Trukikaitis_Postimees, lk 207
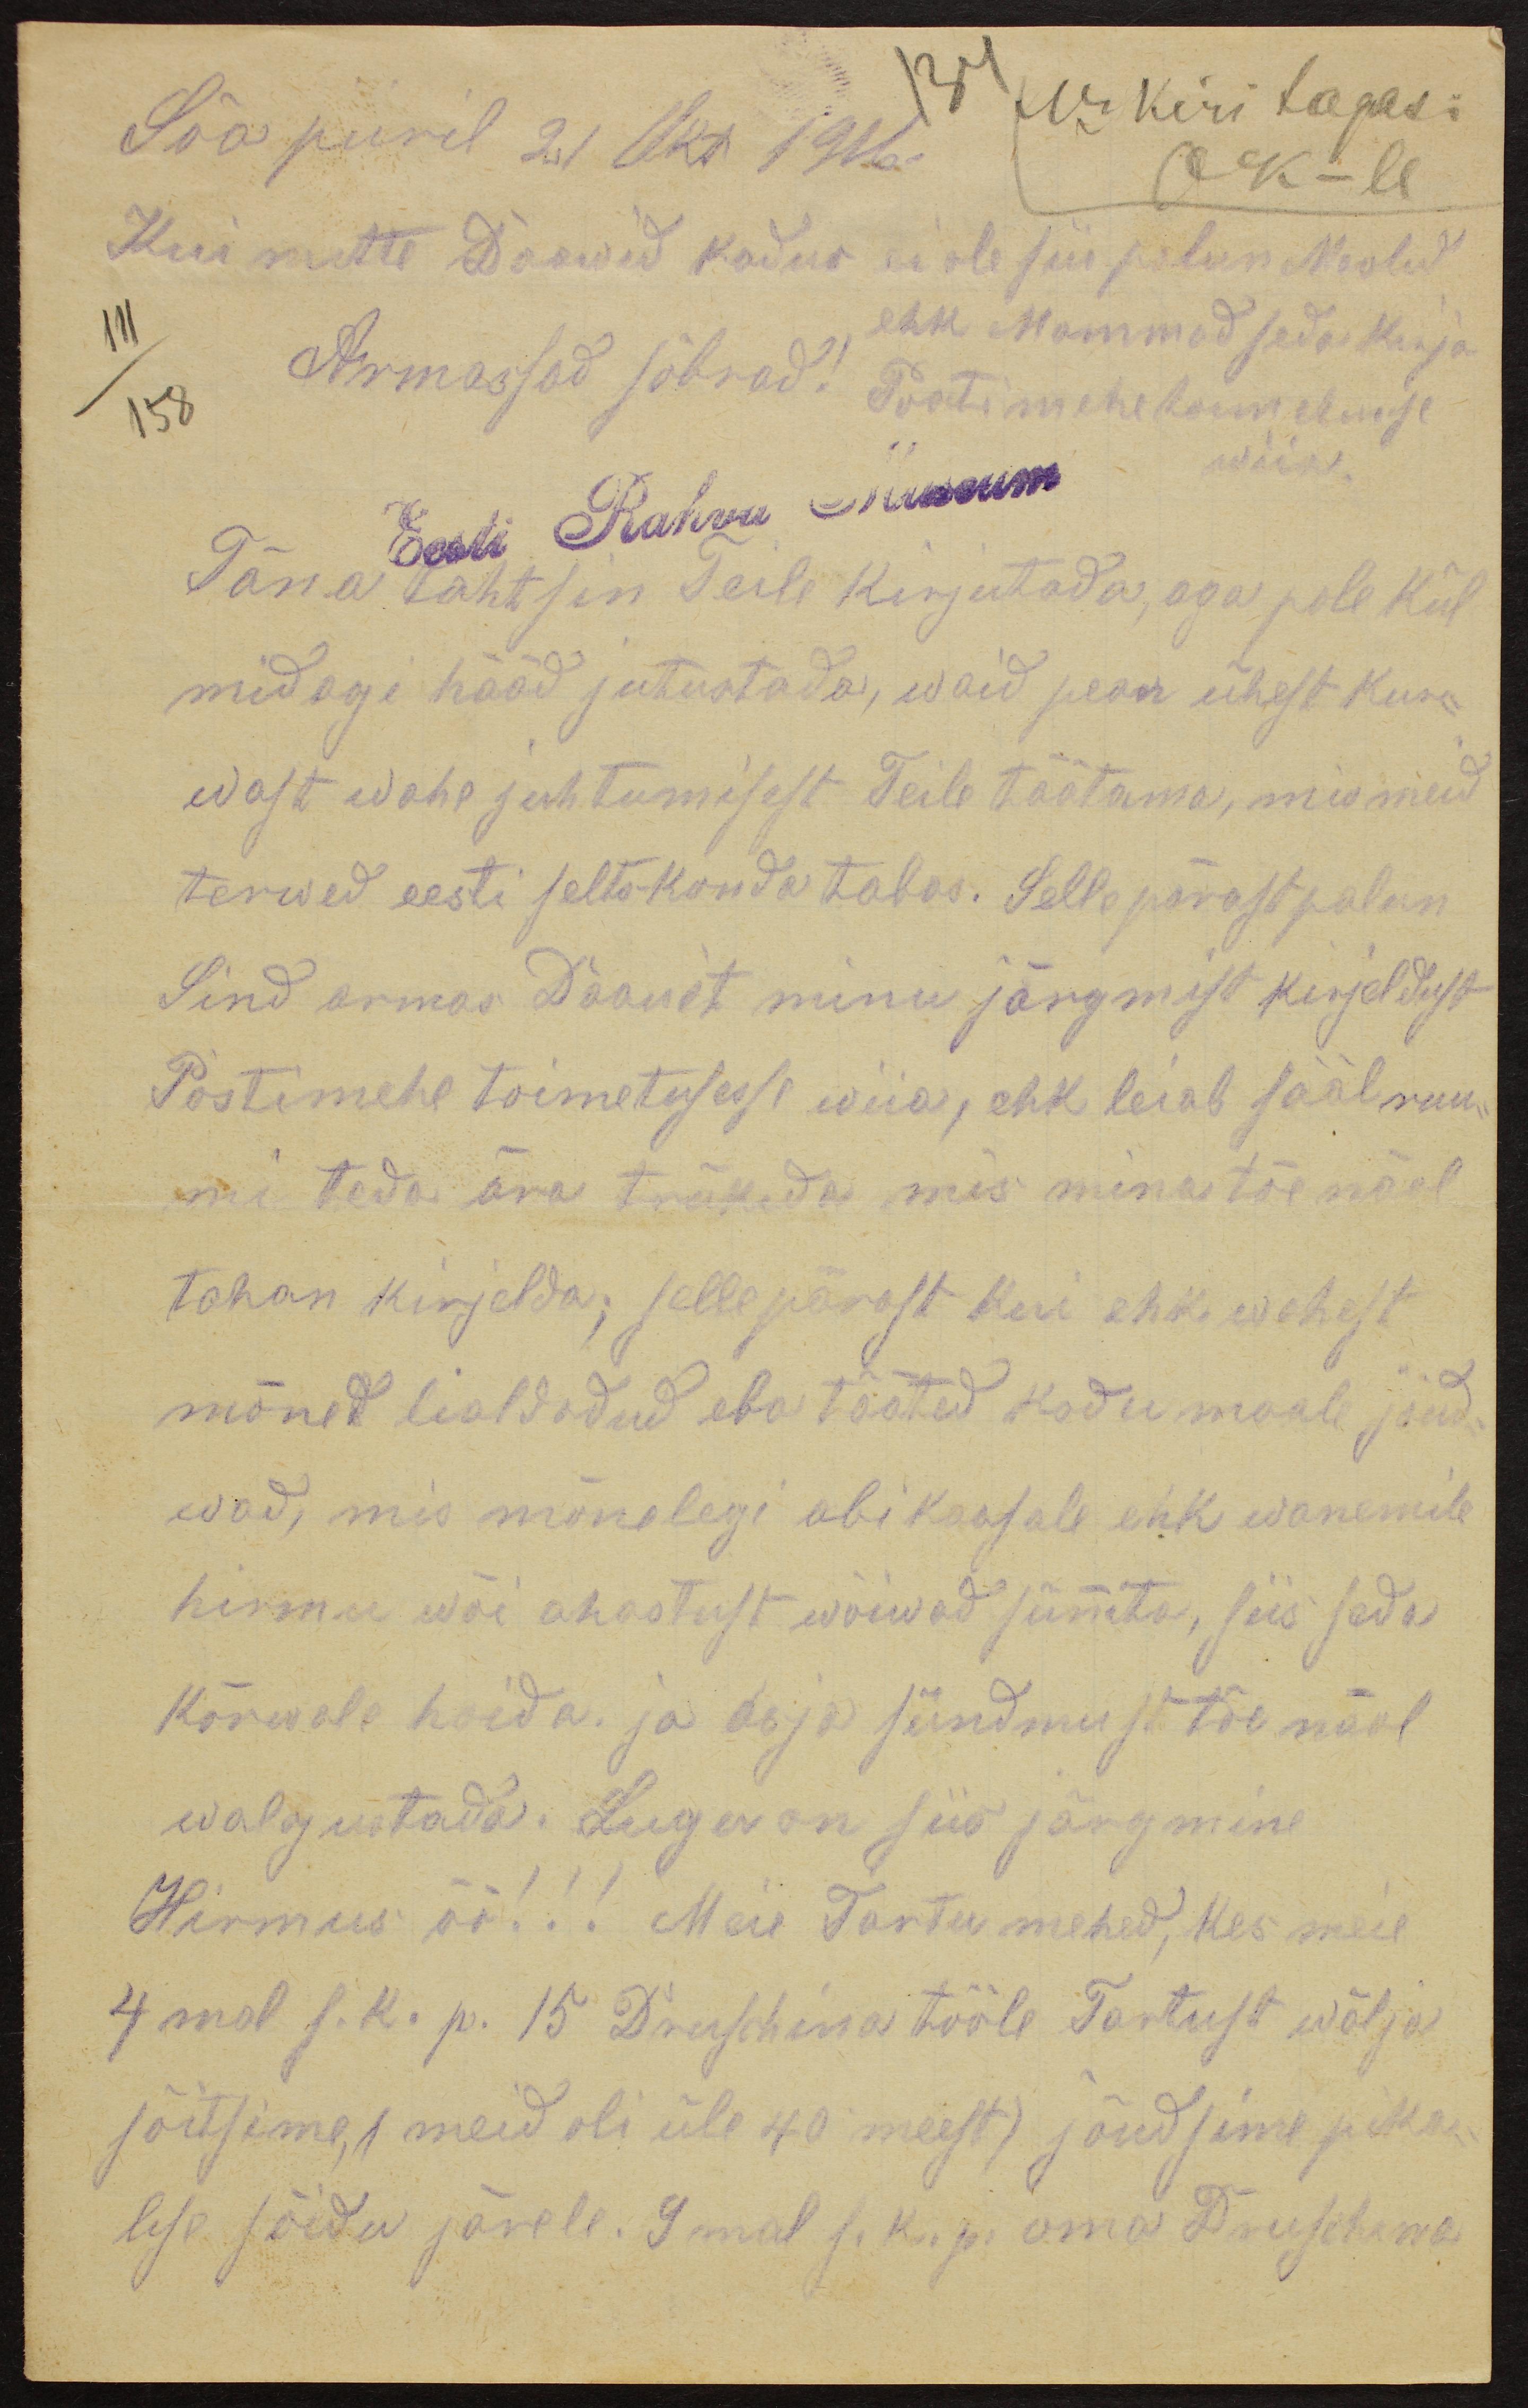
Sõa piiril 21 Okt 1916.
134 No kiri tagasi
OK-le
Kui mitte Daawid kodus ei ole siis palun Maalid
ehk Mammad seda kirja
111
Armassad sõbrad!
158
Postimehe toimetusse
wiia.
Eesti Rahva Museum
Täna tahtsin Teile kirjutada, aga pole kül
midagi hääd jutustada, waid pean ühest kur-
wast wahe juhtumisest Teile täätama, mis meid
terwed eesti selts-konda tabas. Selle pärast palun
Sind armas Daawet minu järgmist kirjeldust
Postimehe toimetusesse wiia, ehk leiab sääl ruu-
mi teda ära trükida mis mina tõe näol
tahan kirjelda; sellepärast kui ehk wahest
mõned lialdadud eba tõõted kodu maale jõud-
wad, mis mõnelegi abikaasale ehk wanemile
hirmu wõi ahastust wõiwad sünnita, siis seda
kõrwale hoida. ja asja sündmust tõe näol
walgustada. Lugu on siis järgmine
Hirmus öö!!! Meie Tartu mehed, kes meie
4mal s. k. p. 15 Druschina tööle Tartust wälja
sõitsime, (meid oli üle 40 meest) jõudsime pika-
lise sõidu järele. 9mal s. k. p. oma Druschina